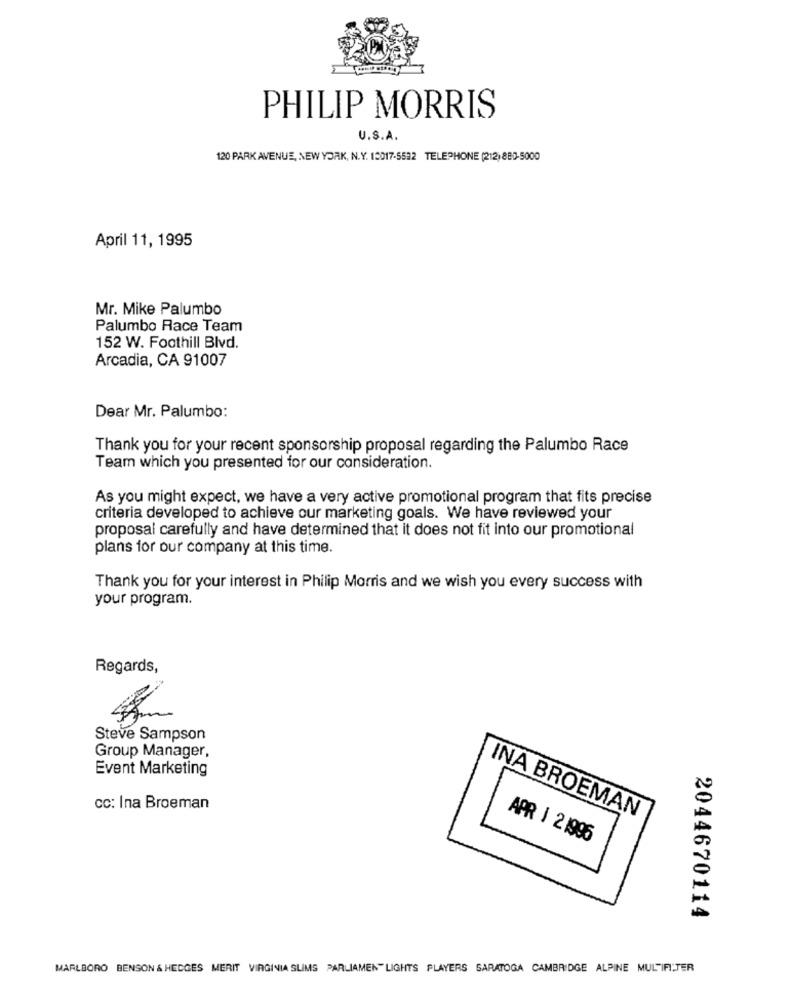
PHILIP MORRIS
U.S.A.
120 PARK AVENUE, NEW YORK, N.Y. 10017-5532 TELEPHONE (212) 880-5000
April 11, 1995
Mr. Mike Palumbo
Palumbo Race Team
152 W. Foothill Blvd.
Arcadia, CA 91007
Dear Mr. Palumbo:
Thank you for your recent sponsorship proposal regarding the Palumbo Race
Team which you presented for our consideration.
As you might expect, we have a very active promotional program that fits precise
criteria developed to achieve our marketing goals. We have reviewed your
proposal carefully and have determined that it does not fit into our promotional
plans for our company at this time.
Thank you for your interest in Philip Morris and we wish you every success with
your program.
Regards,
Steve Sampson
Group Manager,
Event Marketing
cc: Ina Broeman
INA BROEMAN
APR | 21996
2044670114
MARLBORO BENSON & HEDGES MERIT VIRGINIA SLIMS PARLIAMENT LIGHTS PLAYERS SARATOGA CAMBRIDGE ALPINE MULTIFITER